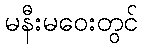
မနီးမဝေးတွင်